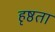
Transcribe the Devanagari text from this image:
हृष्ठता